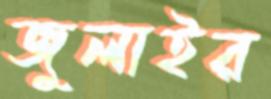
জুলাইর